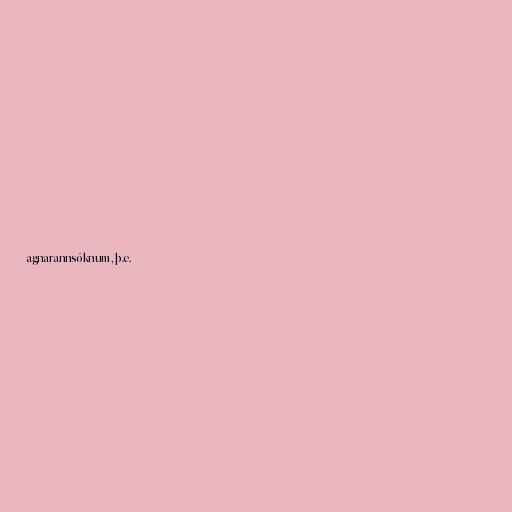
agnarannsóknum, þ.e.